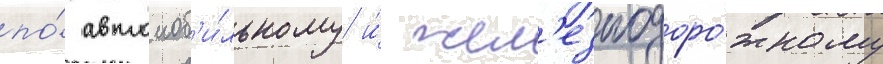
по́ автомоб'и́льному и́ жел'езнодоро́жному